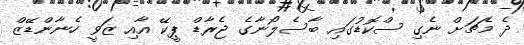
ދެ މެޗަށް ނެގި ސްކޮޑުގައި ބާސެލޯނާގެ ޖެރާޑް ޕީކޭ އާއި ޒަވީ ހެނާންޑޭޒް